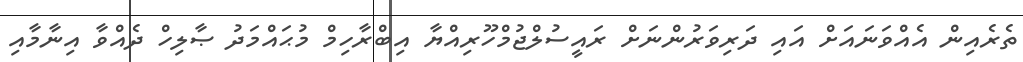
ތެރެއިން އެއްވަނައަށް އައި ދަރިވަރުންނަށް ރައީސުލްޖުމްހޫރިއްޔާ އިބްރާހިމް މުޙައްމަދު ޞާލިހް ދެއްވާ އިނާމާއި